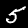
Label: 5